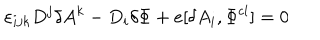
LaTeX: \varepsilon _ { i j k } D ^ { j } \delta A ^ { k } - D _ { i } \delta \Phi + e [ \delta A _ { i } , \Phi ^ { \mathrm { c l } } ] = 0